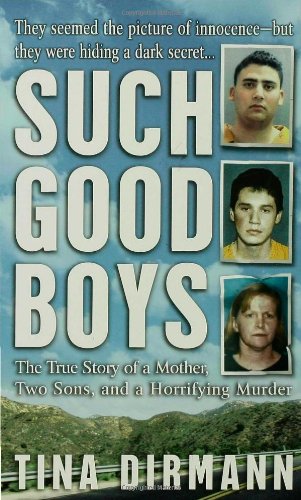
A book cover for Such Good Boys: The True Story of a Mother, Two Sons and a Horrifying Murder; Tina Dirmann; Biographies & Memoirs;